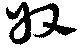
収